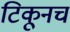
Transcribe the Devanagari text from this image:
टिकूनच